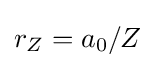
r_{Z}=a_{0}/Z